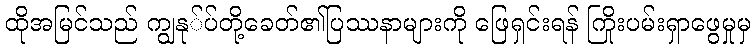
ထိုအမြင်သည် ကျွနု်ပ်တို့ခေတ်၏ပြဿနာများကို ဖြေရှင်းရန် ကြိုးပမ်းရှာဖွေမှုမှ